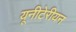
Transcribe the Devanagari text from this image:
यूनीटेरीयन